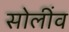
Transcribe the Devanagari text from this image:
सोलींव